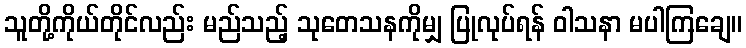
သူတို့ကိုယ်တိုင်လည်း မည်သည့် သုတေသနကိုမျှ ပြုလုပ်ရန် ဝါသနာ မပါကြချေ။